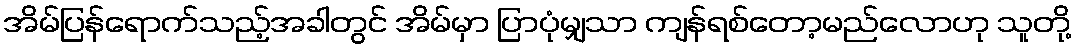
အိမ်ပြန်ရောက်သည့်အခါတွင် အိမ်မှာ ပြာပုံမျှသာ ကျန်ရစ်တော့မည်လောဟု သူတို့